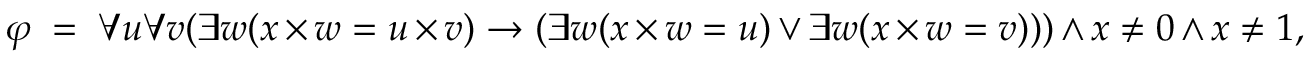
\varphi \; = \; \forall u \forall v ( \exists w ( x \times w = u \times v ) \rightarrow ( \exists w ( x \times w = u ) \lor \exists w ( x \times w = v ) ) ) \land x \neq 0 \land x \neq 1 ,